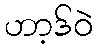
ဟာ့ဒ်ဝဲ